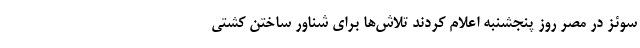
سوئز در مصر روز پنجشنبه اعلام کردند تلاش‌ها برای شناور ساختن کشتی